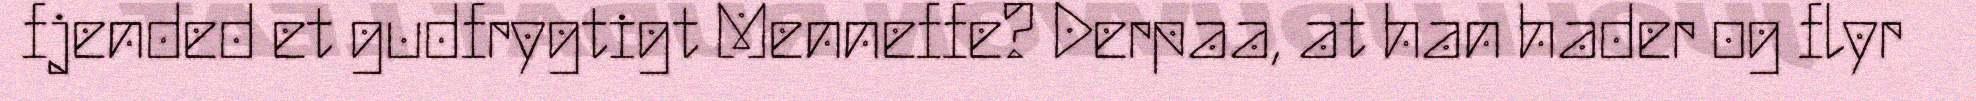
fjended et gudfrygtigt Menneffe? Derpaa, at han hader og flyr